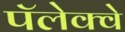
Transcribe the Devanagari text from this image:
पॅलेक्वे